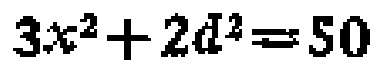
\(3x^{2}+2d^{2}=50\)